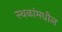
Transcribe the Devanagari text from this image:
स्थळांमधील